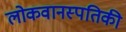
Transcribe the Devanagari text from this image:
लोकवानस्पतिकी